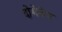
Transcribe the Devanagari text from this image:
दोमेनेच